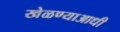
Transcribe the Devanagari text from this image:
खेळण्याआधी